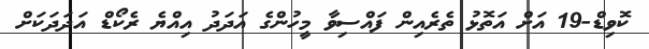
ކޮވިޑް-19 އަށް އަތޮޅު ތެރެއިން ފައްސިވާ މީހުންގެ އަދަދު އިއްޔެ ރެކޯޑް އަދަދަކަށް